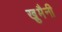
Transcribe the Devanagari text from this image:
खु़मैनी